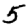
Digit: 5